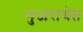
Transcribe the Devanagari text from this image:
गुजराथेत